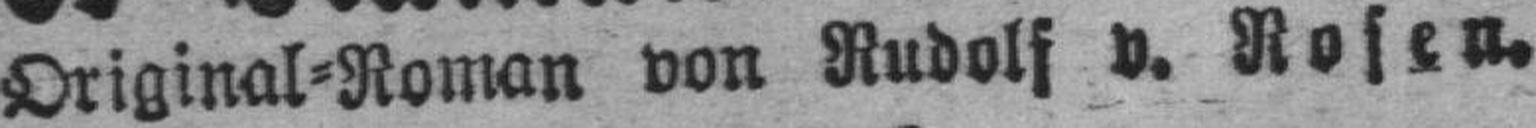
Original=Roman von Rudolf v. Rosen.